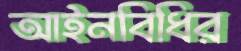
আইনবিধির